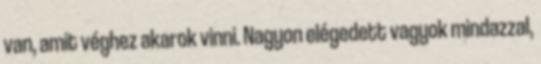
van, amit véghez akarok vinni. Nagyon elégedett vagyok mindazzal,